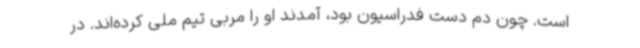
است. چون دم دست فدراسیون بود، آمدند او را مربی تیم ملی کرده‌اند. در